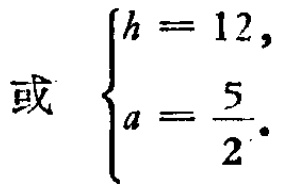
或 $\begin{cases}h = 12,\\a = \dfrac{5}{2}.\end{cases}$